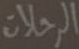
الرحلات